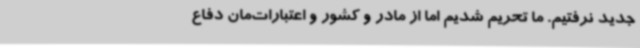
جدید نرفتیم. ما تحریم شدیم اما از مادر و کشور و اعتبارات‌مان دفاع